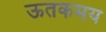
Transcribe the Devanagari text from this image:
ऊतकमय